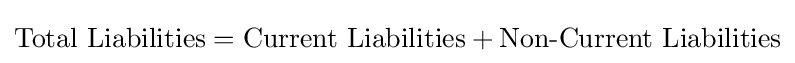
{\text{Total Liabilities}}={\text{Current Liabilities}}+{\text{Non-Current Liabilities}}